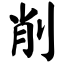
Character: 削